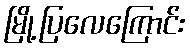
မြို့ပြလေကြောင်း